Kaasik,_Nikolai, lk 18
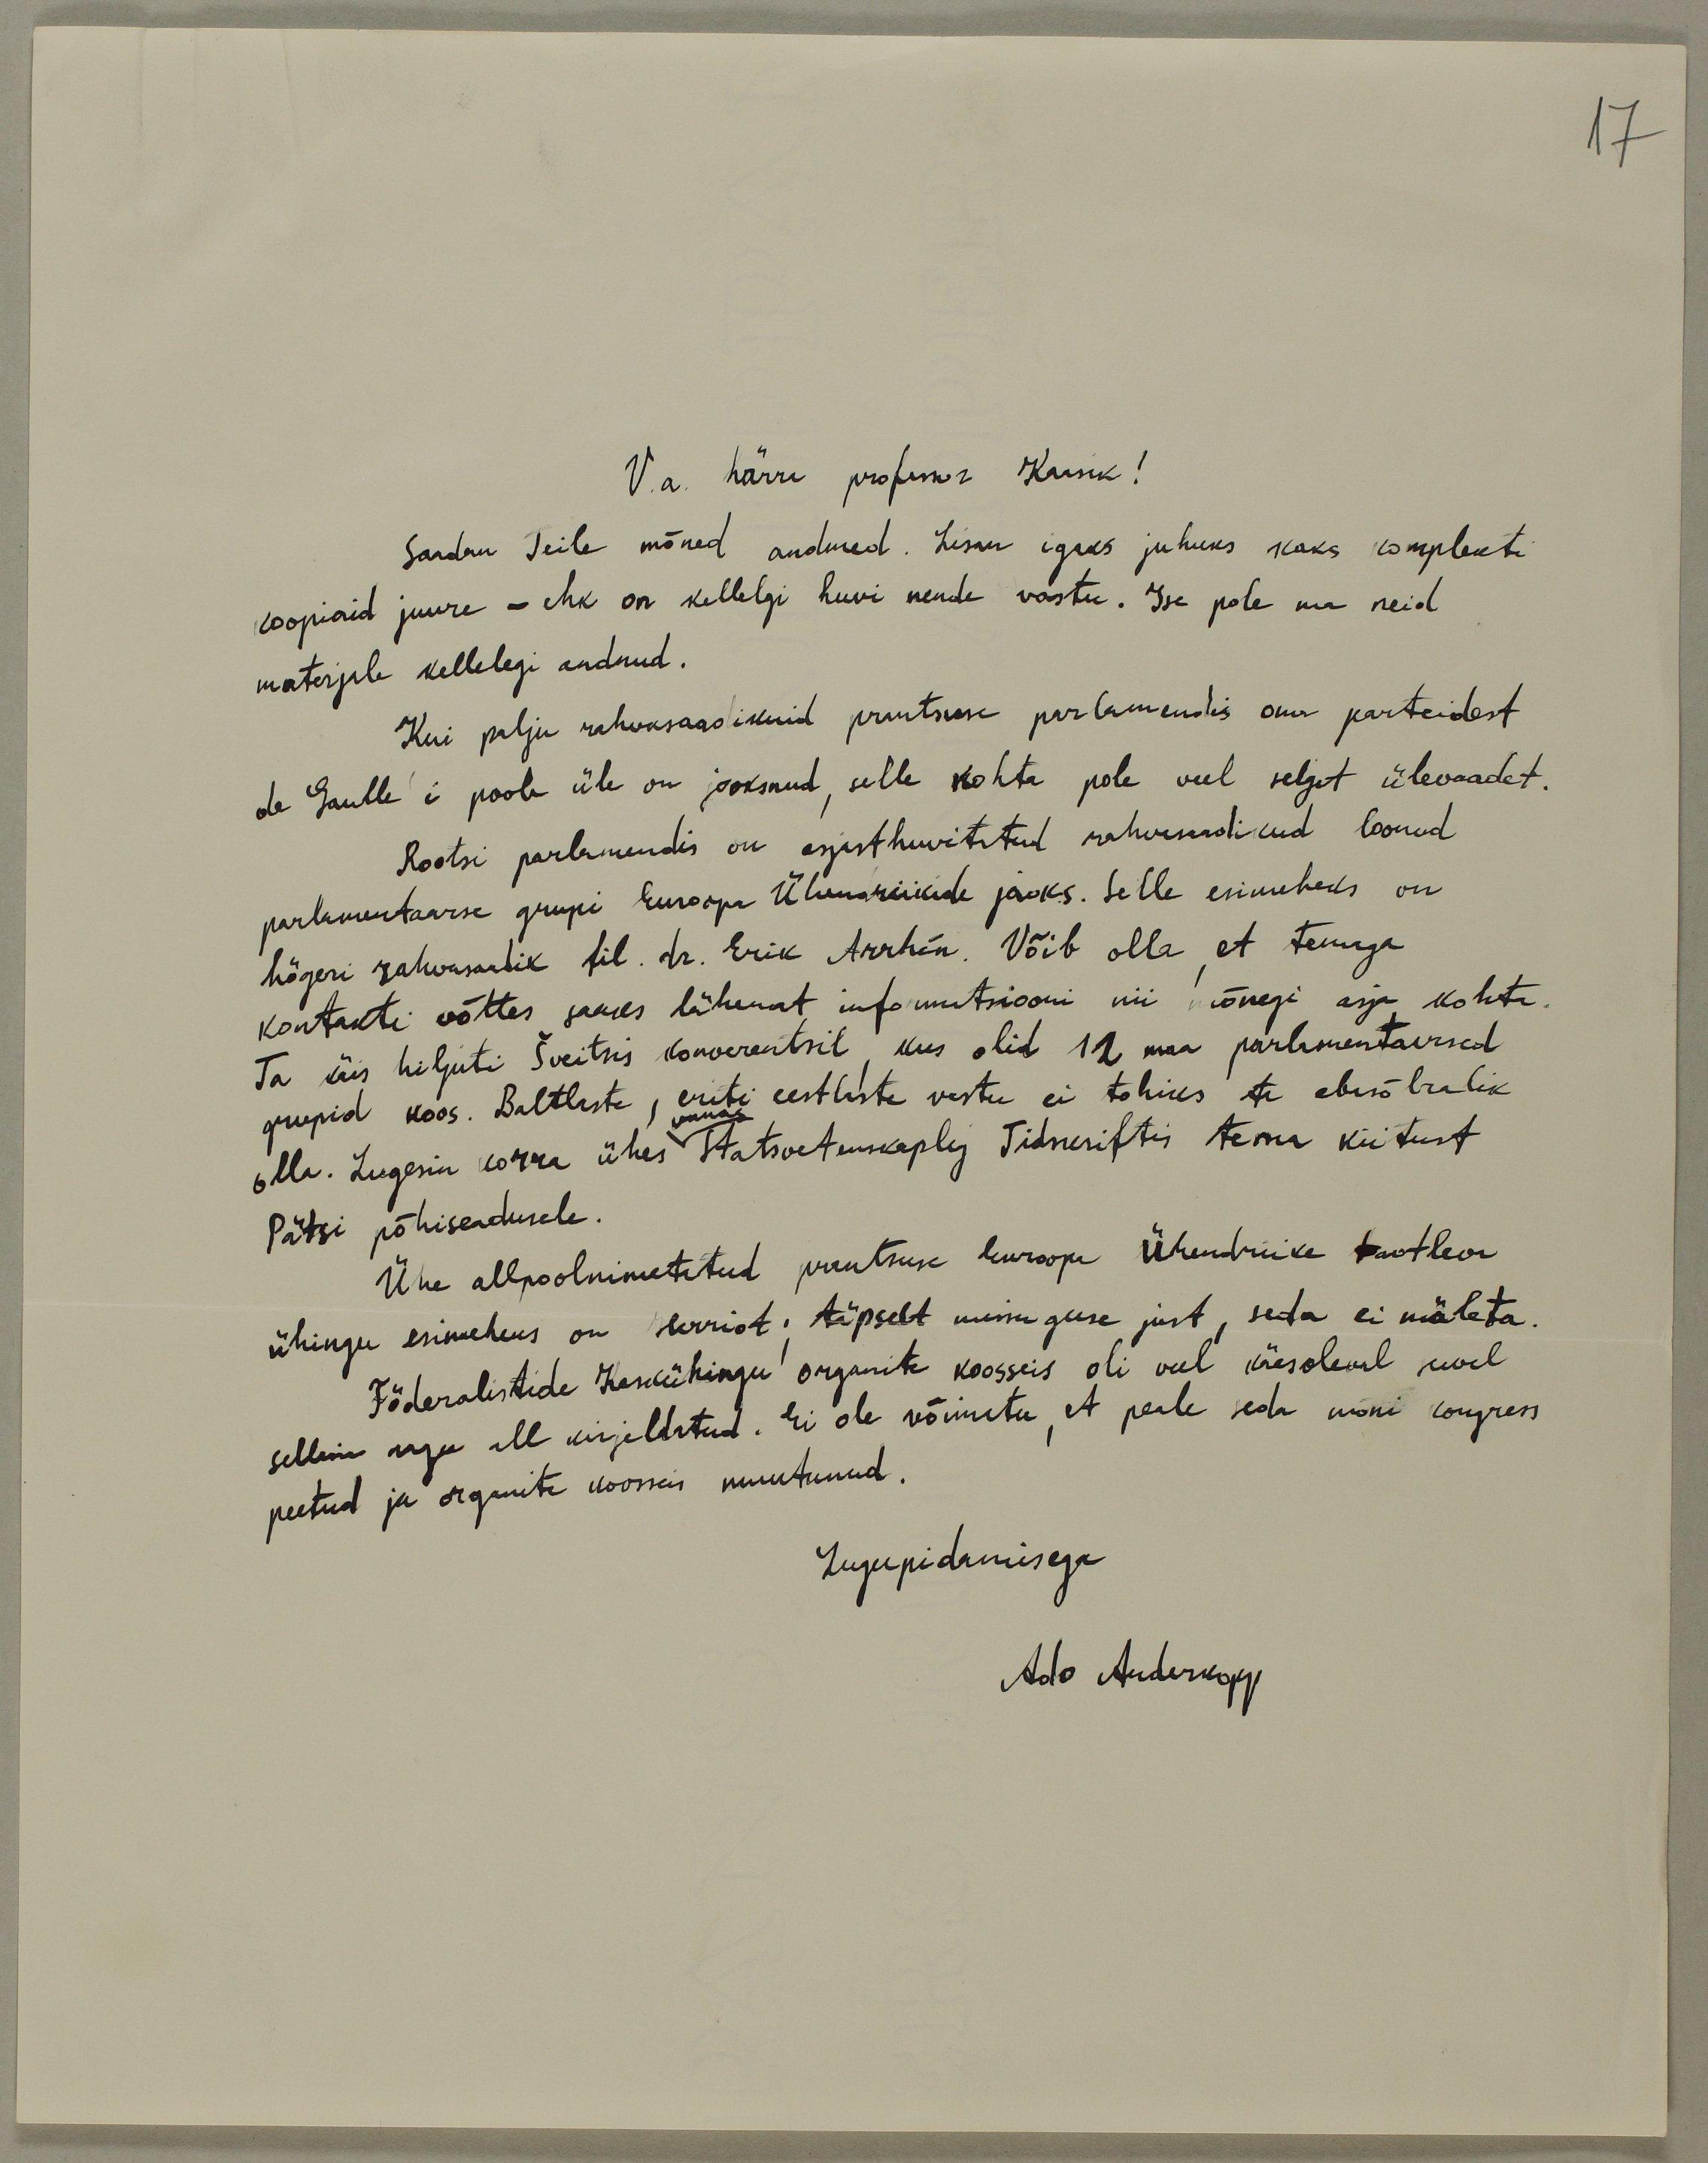
17
V. a. härra professor Kaasik!
Saadan Teile mõned andmed. Lisan igaks juhuks kaks komplekti
koopiaid juure - ehk on kellelgi huvi nende vastu. Ise pole ma neid
materjale kellelegi andnud.
Kui palju rahvasaadikuid prantsuse parlamendis oma parteidest
de Gaulle'i poole üle on jooksnud, selle kohta pole veel selget ülevaadet.
Rootsi parlamendis on asjasthuvitatud rahvasaadikud loonud
parlamentaarse grupi Euroopa Ühendriikide jaoks. Selle esimeheks on
högeri rahvasaadik fil. dr. Erik Arrhén. Võib olla et temaga
kontakti võttes saaks lähemat informatsiooni nii mõnegi asja kohta.
Ta käis hiljuti Šveitsis konverentsil, kus olid 12 maa parlamentaarsed
grupid koos. Baltlaste, eriti eestlaste vastu ei tohiks ta ebasõbralik
vanas
olla. Lugesin korra ühes Statsvetonkaplig Tidneriftis tema kiitust
Pätsi põhisendusele.
Ühe allpoolnimetatud prantsuse Euroopa Ühendriike taotleva
ühingu esimeheks on Herrist, täpselt missuguse just, seda ei mäleta.
Föderalistide Keskühingu organite koosseis oli veel käesoleval suvel
selline nagu all kirjeldatud. Ei ole võimatu, et peale seda mõni kongress
peetud ja organite koosseis muutunud.
Lugupidamisega
Ado Anderkopp